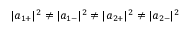
| { a } _ { 1 + } | ^ { 2 } \neq | { a } _ { 1 - } | ^ { 2 } \neq | { a } _ { 2 + } | ^ { 2 } \neq | { a } _ { 2 - } | ^ { 2 }